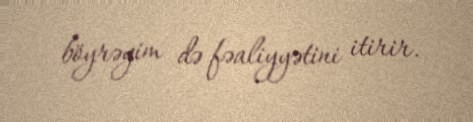
böyrəyim də fəaliyyətini itirir.